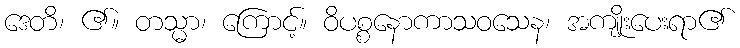
ဒေတိ၊ ၏။ တသ္မာ၊ ကြောင့်။ ဝိပစ္စနောကာသဝသေန၊ အကျိုးပေးရာ၏